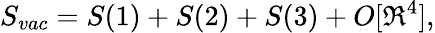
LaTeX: S_{vac}=S(1)+S(2)+S(3)+O[\Re^{4}],